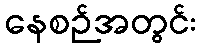
နေစဉ်အတွင်း